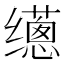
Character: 𰭁